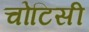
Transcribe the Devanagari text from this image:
चोटिसी